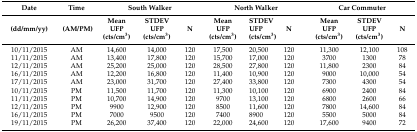
| Date | Time | <COLSPAN=3> South Walker | <COLSPAN=3> North Walker | <COLSPAN=3> Car Commuter |
 | (dd/mm/yy) | (AM/PM) | Mean UFP (cts/cm3) | STDEV UFP (cts/cm3) | N | Mean UFP (cts/cm3) | STDEV UFP (cts/cm3) | N | Mean UFP (cts/cm3) | STDEV UFP (cts/cm3) | N |
 | --- | --- | --- | --- | --- | --- | --- | --- | --- | --- | --- |
 | 10/11/2015 | AM | 14,600 | 14,000 | 120 | 17,500 | 20,500 | 120 | 11,300 | 12,100 | 108 |
 | 11/11/2015 | AM | 13,400 | 17,800 | 120 | 15,700 | 17,000 | 120 | 3700 | 1300 | 78 |
 | 12/11/2015 | AM | 25,200 | 25,000 | 120 | 28,500 | 27,800 | 120 | 11,800 | 2300 | 84 |
 | 16/11/2015 | AM | 12,200 | 16,800 | 120 | 11,400 | 10,900 | 120 | 9000 | 10,000 | 54 |
 | 17/11/2015 | AM | 23,000 | 31,700 | 120 | 27,400 | 33,800 | 120 | 7300 | 4300 | 54 |
 | 10/11/2015 | PM | 11,500 | 11,700 | 120 | 11,300 | 10,100 | 120 | 6900 | 2400 | 84 |
 | 11/11/2015 | PM | 10,700 | 14,900 | 120 | 9700 | 13,100 | 120 | 6800 | 2600 | 66 |
 | 12/11/2015 | PM | 9900 | 12,900 | 120 | 8500 | 11,600 | 120 | 7800 | 14,600 | 84 |
 | 16/11/2015 | PM | 7000 | 9500 | 120 | 7400 | 8900 | 120 | 5500 | 5000 | 84 |
 | 19/11/2015 | PM | 26,200 | 37,400 | 120 | 22,000 | 24,600 | 120 | 17,600 | 9400 | 72 |